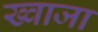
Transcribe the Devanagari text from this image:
ख्‍वाजा